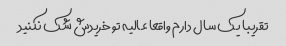
تقریبا یک سال دارم واقعا عالیه تو خریدش شک نکنید